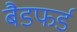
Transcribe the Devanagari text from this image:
बैडफर्ड